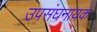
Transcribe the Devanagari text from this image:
उपसंघनायक